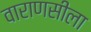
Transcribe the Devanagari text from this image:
वाराणसीला